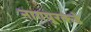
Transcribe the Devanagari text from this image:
नागपूरकडे